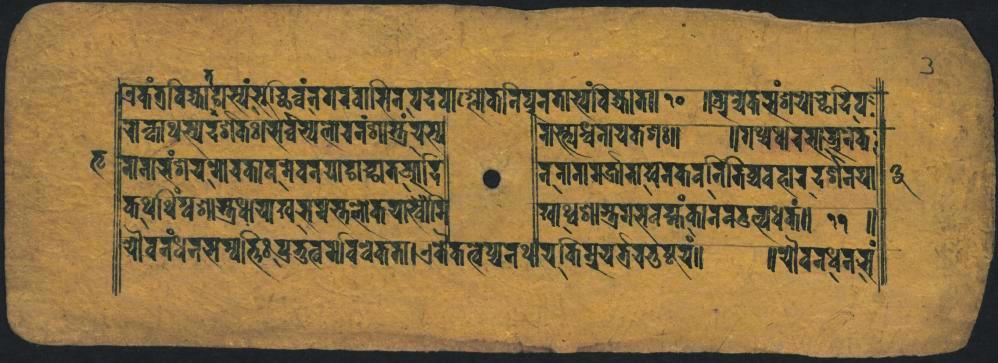
𑐊𑐶𑐎𑑄𑐟𑑂𑐬𑐰𑐶𑐖𑑂𑐫𑐵𑑄𑐡𑐳𑑂𑐫𑑄𑐳𑐸𑐔𑑂𑐢𑐶𑐰𑑄𑐣𑐐𑐬𑐰𑐵𑐳𑐶𑐣𑐥𑐡𑐥𑐵𑐟𑑂𑐮𑑀𑐎𑐵𑐣𑐶𑐥𑐸𑐣𑐟𑐵𑐳𑑂𑐫𑑄𑐰𑐶𑐖𑑂𑐫𑐵𑐟𑑌 𑐬𑐶𑐣𑑂𑐎𑐵𑐠𑐳𑑂𑐫𑐡𑐱𑐎𑑅𑑌𑐳𑐬𑑂𑐰𑑂𑐰𑐾𑐳𑑂𑐫𑐮𑑀𑐔𑐣𑑄𑐱𑐵𑑂𑐟𑑂𑐟𑑄𑐫𑐳𑑂𑐫 𑐐𑐵𑐣𑐵𑐳𑑄𑐱𑐔𑐩𑑀𑐔𑐎𑐵𑐰𑐩𑐾𑐰𑐣𑐫𑐵𑐝𑐵𑐔𑑂𑐫𑐟𑑂𑐁𑐡𑐶 𑐎𑐠𑐢𑐶𑑄𑐑𑑂𑐰𑐱𑐵𑐳𑑂𑐟𑐬𑐵𑐠𑐵𑐔𑐫𑐵𑐏𑐳𑐫𑐎𑑂𑐟𑐮𑑀𑐎𑐫𑐵𑐏𑑂𑐰𑑁𑐩𑐿 𑐫𑑁𑐰𑐣𑑄𑐢𑐣𑐳𑐩𑑂𑐥𑐟𑑂𑐟𑐶𑑅𑐥𑑂𑐬𑐨𑐸𑐟𑑂𑐰𑐫𑑄𑐰𑐶𑐰𑐾𑐟𑐟𑐵𑑋𑐊𑐟𑐿𑐎𑐟𑑂𑐰𑐥𑑂𑐣𑐠𑐵𑐫𑐟𑐶𑐲𑐔𑐫𑐟𑑂𑐬𑐔𑐟𑐸𑐲𑑂𑐲𑐸𑐫𑑄𑑌